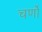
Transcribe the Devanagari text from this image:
चर्णों